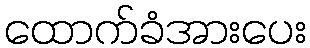
ထောက်ခံအားပေး